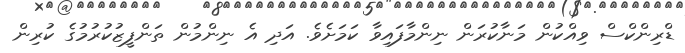
ޑްރިންކްސް ވިއްކުން މަނާކުރަން ނިންމާފައިވާ ކަމަށެވެ. އަދި އެ ނިންމުން ތަންފީޒުކުރުމުގެ ކުރިން